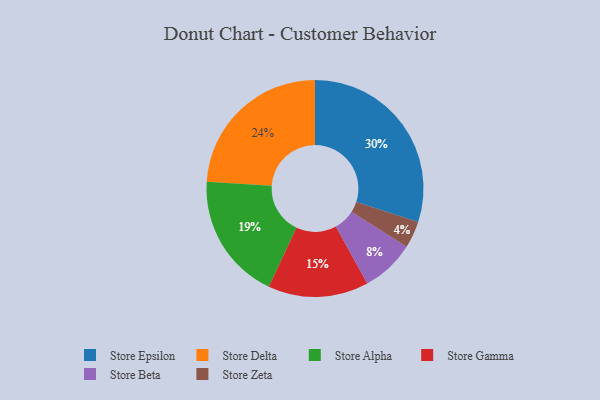
{"axis": {"x": "Category", "y": "Percentage"}, "legend": ["Store Alpha", "Store Beta", "Store Delta", "Store Epsilon", "Store Gamma", "Store Zeta"], "data": [{"x": "Store Gamma", "y": 15, "type": "Store Gamma"}, {"x": "Store Epsilon", "y": 30, "type": "Store Epsilon"}, {"x": "Store Delta", "y": 24, "type": "Store Delta"}, {"x": "Store Alpha", "y": 19, "type": "Store Alpha"}, {"x": "Store Beta", "y": 8, "type": "Store Beta"}, {"x": "Store Zeta", "y": 4, "type": "Store Zeta"}]}